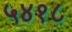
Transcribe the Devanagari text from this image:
५४१८